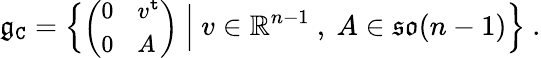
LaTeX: \mathfrak{g}_{\mathtt{C}}=\Big\{ {\small\bigg(\begin{array}{ll}{0}&{v^{\mathtt{t}}}\\ {0}&{A}\end{array}\bigg)}\normalsize\ \Big|\ v\in\mathbb{R}^{n-1}\ ,\ A\in\mathfrak{so}(n-1)\Big\} \ .